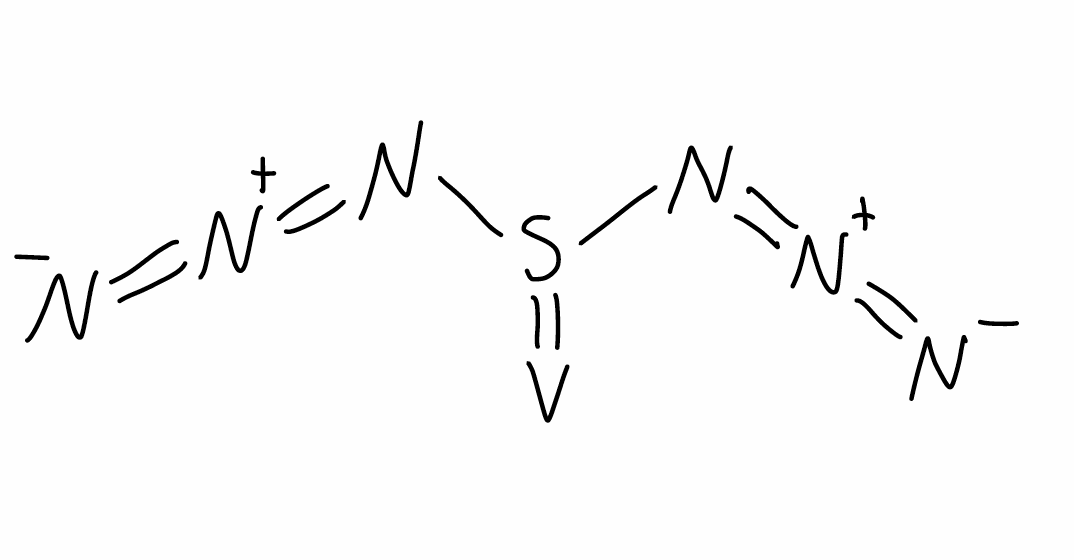
Simplified molecular-input line-entry system (SMILES) notation of the given molecule:
[N-]=[N+]=NS(=[V])N=[N+]=[N-]